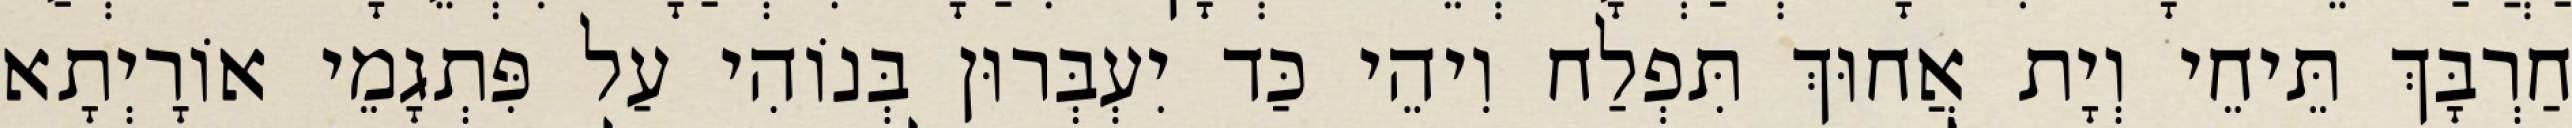
חַרְבָּךְ תֵּיחֵי וְיָת אֲחוּךְ תִּפְלַח וִיהֵי כַּד יִעְבְּרוּן בְּנוֹהִי עַל פִּתְגָמֵי אוֹרָיְתָא